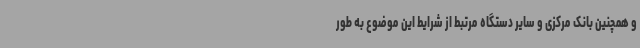
و همچنین بانک مرکزی و سایر دستگاه مرتبط از شرایط این موضوع به طور